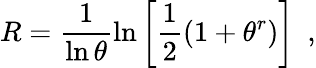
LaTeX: R=\frac{1}{\ln\theta}\ln\left[\frac{1}{2}\left(1+\theta^{r}\right)\right]\, \, \, ,